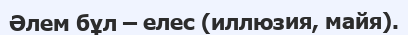
Әлем бұл – елес (иллюзия, майя).